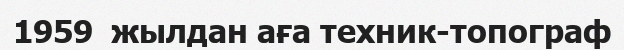
1959  жылдан аға техник-топограф